Vaccination North-Western Provinces and Oudh 1896-1901 - 1896-1901
Year: 1896
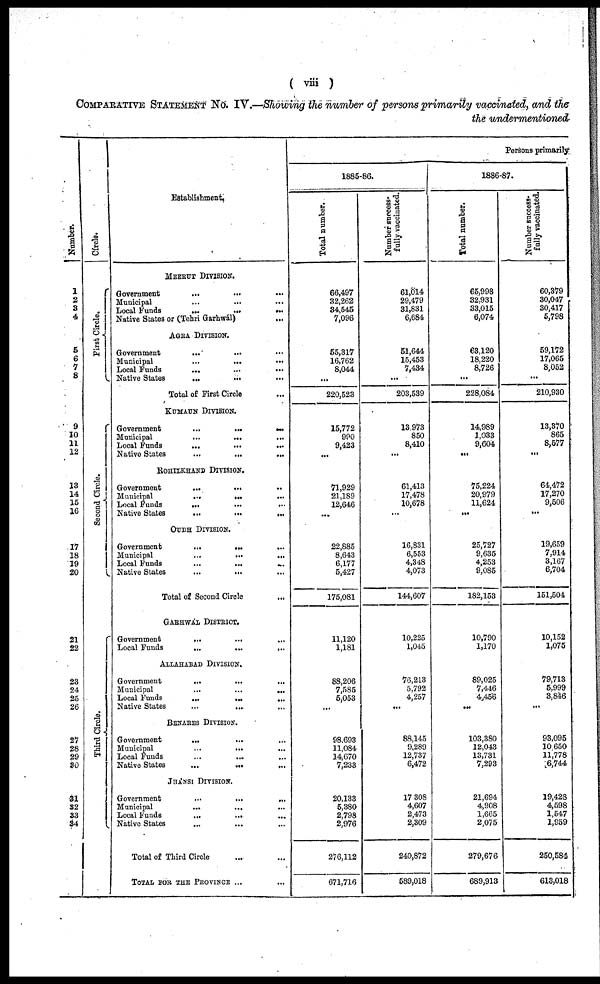
( viii )
COMPARATIVE STATEMENT No. IV.—Showing the number of persons primarily vaccinated, and the
the undermentioned
Number.
1
2
3
4
5
6
7
8
9
10
11
12
13
14
15
16
17
18
19
20
21
22
23
24
25
26
27
28
29
30
31
32
33
34
Circle.
First Circle.
Second Circle.
Third Circle.
Establishment.
MEERUT DIVISION.
Government
...
...
...
Municipal
...
...
...
Local Funds
...
...
...
Native States or (Tehri Garhwál)
AGRA DIVISION.
Government
...
...
...
Municipal
...
...
...
Local Funds
...
...
...
Native States
...
...
...
Total of First Circle ...
KUMAUN DIVISION.
Government
...
...
...
Municipal
...
...
...
Local Funds
... ... ...
Native States
...
...
...
ROHILKHAND DIVISION.
Government
...
... ...
Municipal
...
...
...
Local Funds
... ... ...
Native States
...
...
...
OUDH DIVISION.
Government
...
...
Municipal
...
...
...
Local Funds
...
...
...
Native States
...
...
Total of Second Circle
GARHWAL DIVISION.
Government
...
Local Funds
...
...
...
ALLAHABAD DIVISION.
Government
...
...
...
Municipal
...
...
...
Local Funds
...
...
...
Native States
...
... ...
BENARES DIVISION.
Government
...
... ...
Municipal
...
...
...
Local Funds ... ... ...
Native States...
...
...
JHANSI DIVISION.
Government
...
...
...
Municipal
... ... ...
Local Funds
...
...
Native States ... ... ...
Total of Third Circle
TOTAL FOR THE PROVINCE ...
Persons primarily
1885-86.
Total number.
66,497
32,262
34,545
7,096
55,317
16,762
8,044
...
220,523
15,772
990
9,423
...
71,929
21,189
12,646
...
22,885
8,643
6,177
5,427
175,081
11,120
1,181
88,206
7,585
5,053
...
98,693
11,084
14,670
7,233
20,133
5,380
2,798
2,976
276,112
671,716
Number success-
fully vaccinated.
61,014
29,479
31,831
6,684
51,644
15,453
7,434
...
203,539
13,973
850
8,410
...
61,413
17,478
10,678
...
16,831
6,553
4,348
4,073
144,607
10,225
1,045
76,213
5,792
4,257
...
88,145
9,289
12,737
6,472
17,308
4,607
2,473
2,309
240,872
589,018
1886-87.
Total number.
65,998
32,931
33,015
6,074
68,120
18,220
8,726
...
228,084
14,989
1,033
9,604
...
75,224
20,979
11,624
...
25,727
9,635
4,253
9,085
182,153
10,790
1,170
89,025
7,446
4,456
...
103,380
12,043
13,731
7,293
21,694
4,908
1,665
2,075
279,676
689,913
Number success-
fully vaccinated.
60,379
30,047
30,417
5,798
59,172
17,065
8,052
...
210,930
13,370
865
8,577
...
64,472
17,270
9,506
...
19,659
7,914
3,167
6,704
151,504
.
10,152
1,075
79,713
5,999
3,846
...
93,095
10,650
11,778
16,744
19,428
4,598
1,547
1,959
250,584
613,018